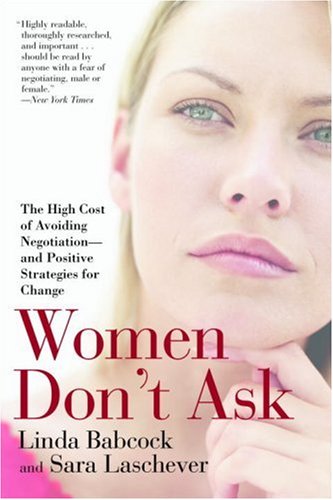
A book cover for Women Don't Ask: The High Cost of Avoiding Negotiation--and Positive Strategies for Change; Linda Babcock; Business & Money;